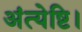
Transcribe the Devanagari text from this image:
अंत्येष्टि।